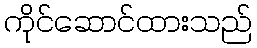
ကိုင်ဆောင်ထားသည်